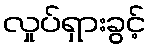
လှုပ်ရှားခွင့်